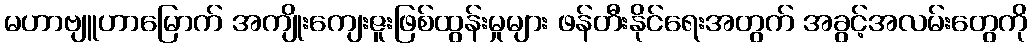
မဟာဗျူဟာမြောက် အကျိုးကျေးဇူးဖြစ်ထွန်းမှုများ ဖန်တီးနိုင်ရေးအတွက် အခွင့်အလမ်းတွေကို